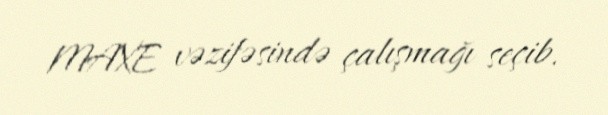
MAXE vəzifəsində çalışmağı seçib.